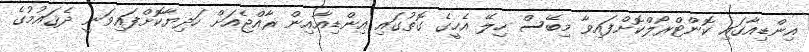
އިންޑިއާގައި ކޮންޓްރޯލްކޮށްފައިވާ މިބޭސް ހިލޭ އެހީގެ ގޮތުގައި އިންޑިއާއިން ރާއްޖެއަށް ހަދިޔާކޮށްފައިވަނީ ދެޤައުމުގެ